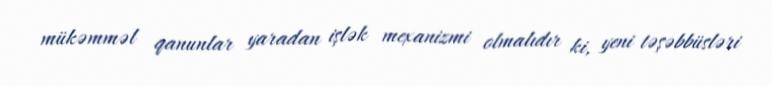
mükəmməl qanunlar yaradan işlək mexanizmi olmalıdır ki, yeni təşəbbüsləri